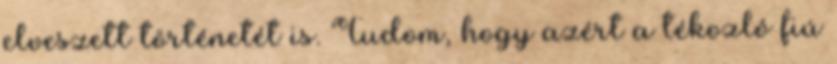
elveszett történetét is. Tudom, hogy azért a tékozló fiú